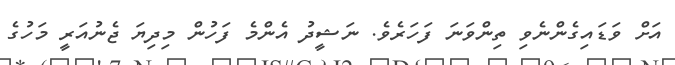
އަށް ވަޑައިގެންނެވި ތިންވަނަ ފަހަރެވެ. ނަޝީދު އެންމެ ފަހުން މިދިޔަ ޖެނުއަރީ މަހުގެ